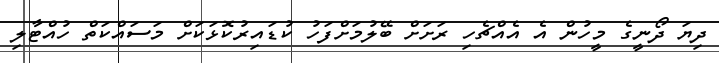
ދިޔަ ދޯނީގެ މީހުން އެ އެއްޗެހި ރަށަށް ބޭލުމަށްފަހު ކުޑައިރުކޮޅަކަށް މަސައްކަތް ހުއްޓާލި